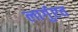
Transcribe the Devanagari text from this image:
लार्गुएत